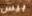
بيس